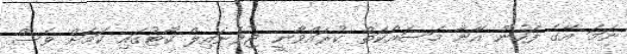
ނަމަ އޭގެ ފަހުން އޭނާ މަސައްކަތް ކުރައްވާނީ ޖުވެނައިލް ކޯޓުގައި ކަމަށް ވެސް